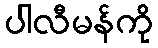
ပါလီမန်ကို